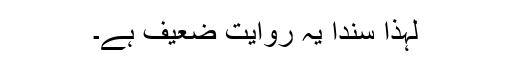
لہٰذا سنداً یہ روایت ضعیف ہے۔